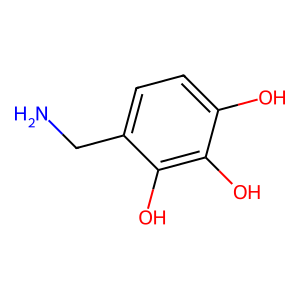
SMILES: NCc1ccc(O)c(O)c1O
Inhibits HIV replication: No